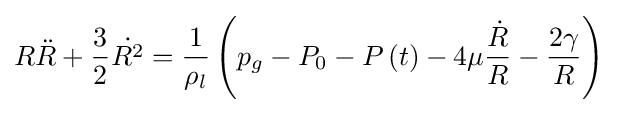
R{\ddot {R}}+{\frac {3}{2}}{\dot {R^{2}}}={\frac {1}{\rho _{l}}}\left(p_{g}-P_{0}-P\left(t\right)-4\mu {\frac {\dot {R}}{R}}-{\frac {2\gamma }{R}}\right)